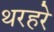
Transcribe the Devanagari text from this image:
थरहरे